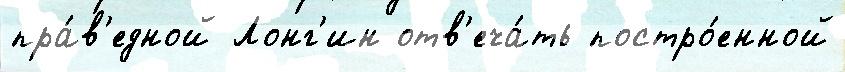
пра́в'едной Лонг'ин отв'еча́ть постро́енной